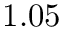
1 . 0 5